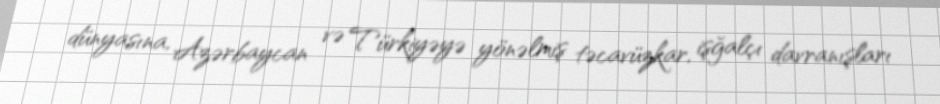
dünyasına, Azərbaycan və Türkiyəyə yönəlmiş təcavüzkar, işğalçı davranışları